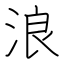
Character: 浪